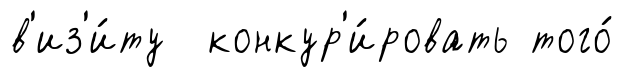
в'из'и́ту конкур'и́ровать того́